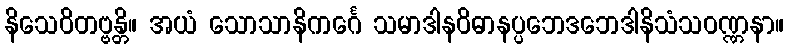
နိသေဝိတဗ္ဗန္တိ။ အယံ သောသာနိကင်္ဂေ သမာဒါနဝိဓာနပ္ပဘေဒဘေဒါနိသံသဝဏ္ဏနာ။